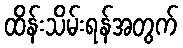
ထိန်းသိမ်းရန်အတွက်